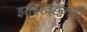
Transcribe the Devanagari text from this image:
झारखंडनेही